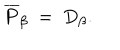
LaTeX: \overline { { { P } } } _ { \beta } ~ = ~ D _ { \beta } .